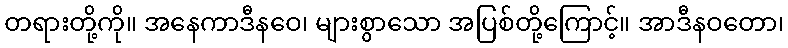
တရားတို့ကို။ အနေကာဒီနဝေ၊ များစွာသော အပြစ်တို့ကြောင့်။ အာဒီနဝတော၊